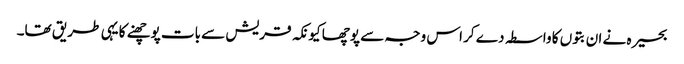
بحیرہ نے ان بتوں کا واسطہ دے کر اس وجہ سے پوچھا کیونکہ قریش سے بات پوچھنے کا یہی طریق تھا۔